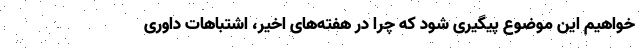
‌خواهیم این موضوع پیگیری شود که چرا در هفته‌های اخیر، اشتباهات داوری